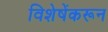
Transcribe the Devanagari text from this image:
विशेषेंकरून